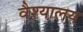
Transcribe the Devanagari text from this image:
वैश्यालय